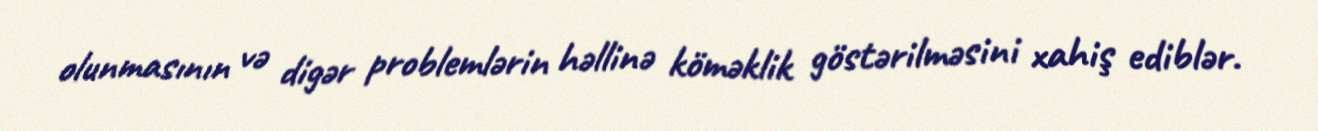
olunmasının və digər problemlərin həllinə köməklik göstərilməsini xahiş ediblər.